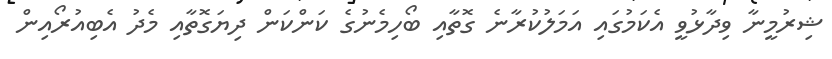
ޝިރުމީނާ ވިދާޅުވީ އެކަމުގައި އަމަލުކުރާނެ ގޮތާއި ބޯހިމެނުގެ ކަންކަން ދިޔަގޮތާއި މެދު އެބިއުރޯއިން